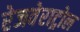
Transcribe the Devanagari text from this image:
रेजवेराट्रोल